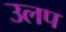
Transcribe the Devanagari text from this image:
उलप